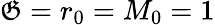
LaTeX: \mathfrak{G}=r_{0}=M_{0}=1